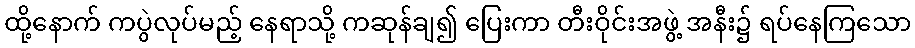
ထို့နောက် ကပွဲလုပ်မည့် နေရာသို့ ကဆုန်ချ၍ ပြေးကာ တီးဝိုင်းအဖွဲ့ အနီး၌ ရပ်နေကြသော